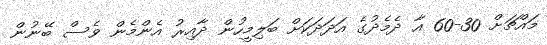
މައްޗަށް 30-60 އާ ދެމެދުގެ އަދަދަކަށް ބަލިމީހުން ދާއިރު އެންމެން ވެސް ބޭނުން